Plague in India, 1896, 1897 - Volume 2
Year: 1896
Disease focus: Plague
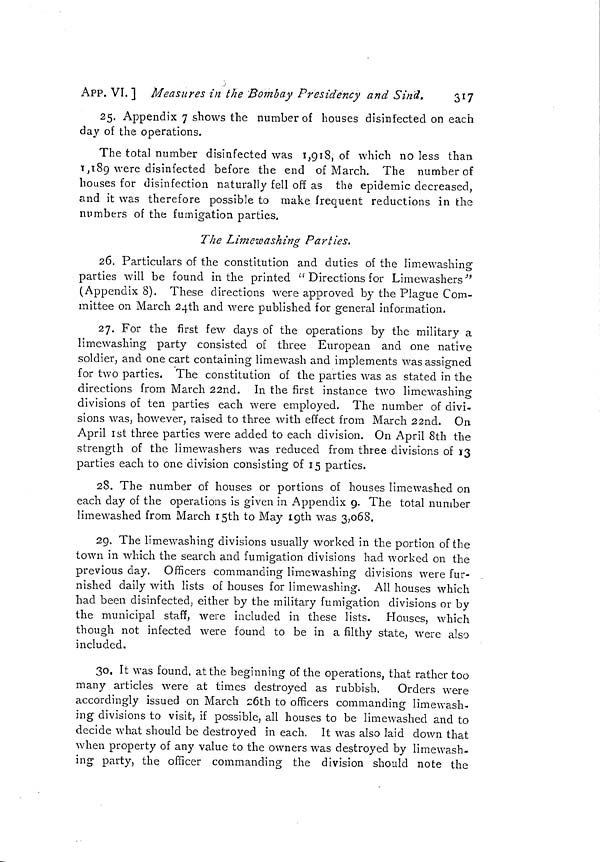
APP. VI. ] Measures in the 'Bombay Presidency and Sind.
317
25. Appendix 7 shows the number of houses disinfected on each
day of the operations.
The total number disinfected was 1,918, of which no less than
1,189 were disinfected before the end of March. The number of
houses for disinfection naturally fell off as the epidemic decreased,
and it was therefore possible to make frequent reductions in the
numbers of the fumigation parties,
The Limewashing Parties.
26. Particulars of the constitution and duties of the limewashing
parties will be found in the printed " Directions for Limewashers"
(Appendix 8). These directions were approved by the Plague Com-
mittee on March 24th and were published for general information.
27. For the first few clays of the operations by the military a
limewashing party consisted of three European and one native
soldier, and one cart containing limewash and implements was assigned
for two parties. The constitution of the parties was as stated in the
directions from March 22nd. In the first instance two limewashing
divisions of ten parties each were employed. The number of divi-
sions was, however, raised to three with effect from March 22nd. On
April 1st three parties were added to each division. On April 8th the
strength of the limewashers was reduced from three divisions of 13
parties each to one division consisting of 15 parties.
28. The number of houses or portions of houses limewashed on
each day of the operations is given in Appendix 9. The total number
limewashed from March i5th to May 19th was 3,068.
29. The limewashing divisions usually worked in the portion of the
town in which the search and fumigation divisions had worked on the
previous day, Officers commanding limewashing divisions were fur-
nished daily with lists of houses for limewashing. All houses which
had been disinfected, either by the military fumigation divisions or by
the municipal staff, were included in these lists. Houses, which
though not infected were found to be in a filthy state, were also
included.
30. It was found, at the beginning of the operations, that rather too
many articles were at times destroyed as rubbish. Orders were
accordingly issued on March 26th to officers commanding limewash-
ing divisions to visit, if possible, all houses to be limewashed and to
decide what should be destroyed in each. It was also laid down that
when property of any value to the owners was destroyed by limewash-
ing party, the officer commanding the division should note the